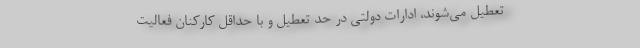
تعطیل می‌شوند، ادارات دولتی در حد تعطیل و با حداقل کارکنان فعالیت